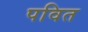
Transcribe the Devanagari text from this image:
पवित